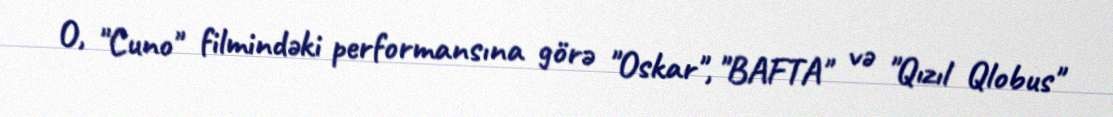
O, "Cuno" filmindəki performansına görə "Oskar", "BAFTA" və "Qızıl Qlobus"